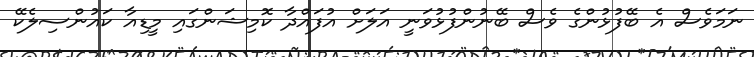
ނަމަވެސް އެ ބޭފުޅުންގެ ވެސް ބޭނުންފުޅުވަނީ އަލަށް އުފައްދާ ކޮމިޝަންގައި މީޑިއާ ކައުންސިލެކޭ